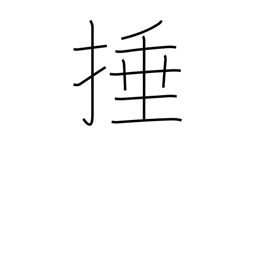
Meaning: strike